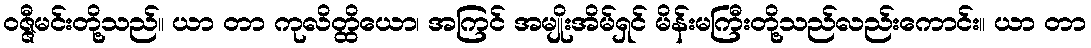
ဝဇ္ဇီမင်းတို့သည်။ ယာ တာ ကုလိတ္ထိယော၊ အကြင် အမျိုးအိမ်ရှင် မိန်းမကြီးတို့သည်လည်းကောင်း။ ယာ တာ